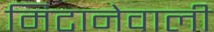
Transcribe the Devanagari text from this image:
मिटानेवाली